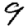
Digit: 9